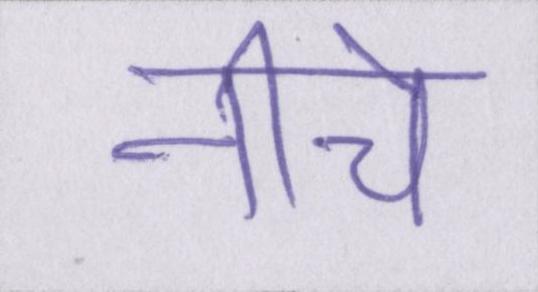
नीचे